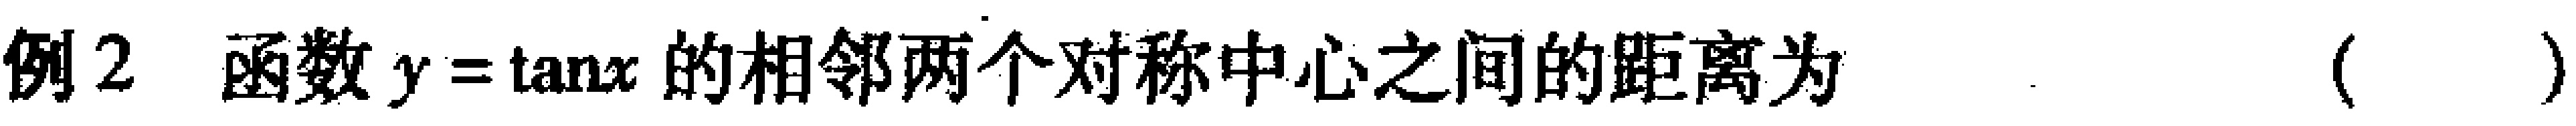
例2 函数\(y = \tan x\)的相邻两个对称中心之间的距离为（  ）